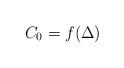
LaTeX: \begin{align*} C_0 = f(\Delta)\end{align*}